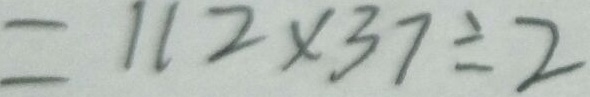
= 1 1 2 \times 3 7 \div 2